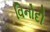
વિનોદી